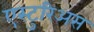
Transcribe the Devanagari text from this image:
एस्टुरिअस